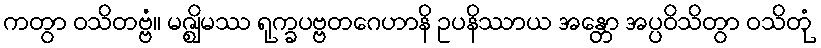
ကတွာ ဝသိတဗ္ဗံ။ မဇ္ဈိမဿ ရုက္ခပဗ္ဗတဂေဟာနိ ဥပနိဿာယ အန္တော အပ္ပဝိသိတွာ ဝသိတုံ